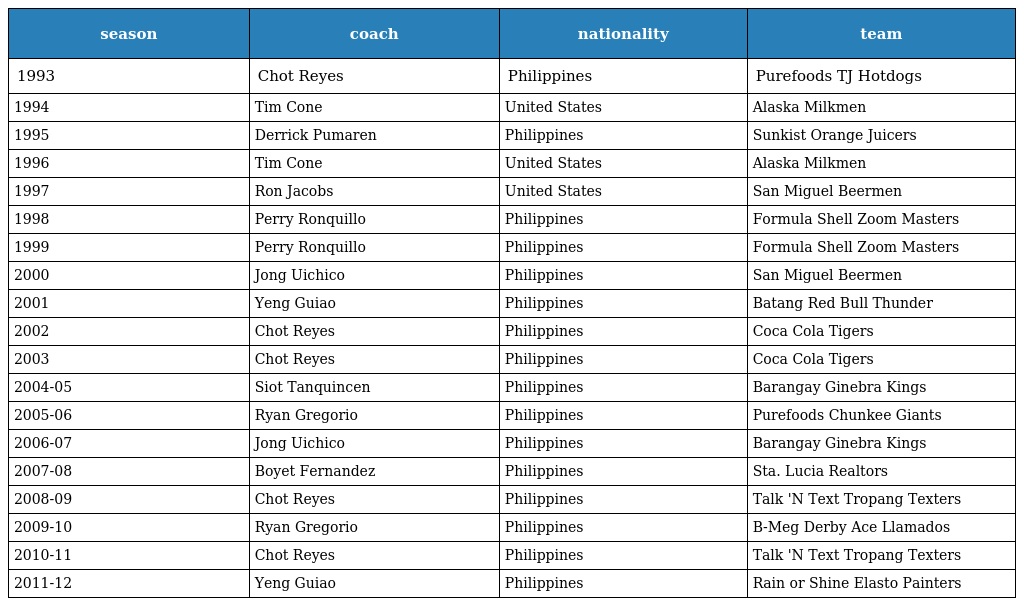
| season | coach | nationality | team |
 | --- | --- | --- | --- |
 | 1993 | Chot Reyes | Philippines | Purefoods TJ Hotdogs |
 | 1994 | Tim Cone | United States | Alaska Milkmen |
 | 1995 | Derrick Pumaren | Philippines | Sunkist Orange Juicers |
 | 1996 | Tim Cone | United States | Alaska Milkmen |
 | 1997 | Ron Jacobs | United States | San Miguel Beermen |
 | 1998 | Perry Ronquillo | Philippines | Formula Shell Zoom Masters |
 | 1999 | Perry Ronquillo | Philippines | Formula Shell Zoom Masters |
 | 2000 | Jong Uichico | Philippines | San Miguel Beermen |
 | 2001 | Yeng Guiao | Philippines | Batang Red Bull Thunder |
 | 2002 | Chot Reyes | Philippines | Coca Cola Tigers |
 | 2003 | Chot Reyes | Philippines | Coca Cola Tigers |
 | 2004-05 | Siot Tanquincen | Philippines | Barangay Ginebra Kings |
 | 2005-06 | Ryan Gregorio | Philippines | Purefoods Chunkee Giants |
 | 2006-07 | Jong Uichico | Philippines | Barangay Ginebra Kings |
 | 2007-08 | Boyet Fernandez | Philippines | Sta. Lucia Realtors |
 | 2008-09 | Chot Reyes | Philippines | Talk 'N Text Tropang Texters |
 | 2009-10 | Ryan Gregorio | Philippines | B-Meg Derby Ace Llamados |
 | 2010-11 | Chot Reyes | Philippines | Talk 'N Text Tropang Texters |
 | 2011-12 | Yeng Guiao | Philippines | Rain or Shine Elasto Painters |